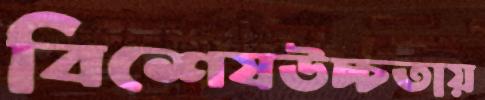
বিশেষউচ্চতায়